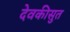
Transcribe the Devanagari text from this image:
देवकीसुत